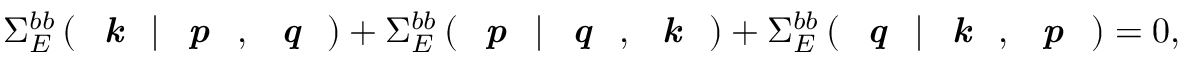
\Sigma _ { E } ^ { b b } \left( \textit { \textbf { k } } | \textit { \textbf { p } } , \textit { \textbf { q } } \right) + \Sigma _ { E } ^ { b b } \left( \textit { \textbf { p } } | \textit { \textbf { q } } , \textit { \textbf { k } } \right) + \Sigma _ { E } ^ { b b } \left( \textit { \textbf { q } } | \textit { \textbf { k } } , \textit { \textbf { p } } \right) = 0 ,